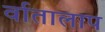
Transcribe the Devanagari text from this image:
र्वातालाप